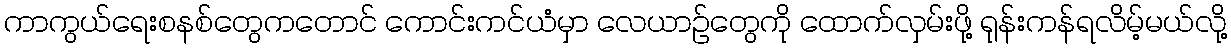
ကာကွယ်ရေးစနစ်တွေကတောင် ကောင်းကင်ယံမှာ လေယာဉ်တွေကို ထောက်လှမ်းဖို့ ရုန်းကန်ရလိမ့်မယ်လို့